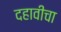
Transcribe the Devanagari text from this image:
दहावीचा